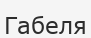
Габеля